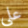
علي